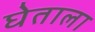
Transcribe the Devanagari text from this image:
घेताला